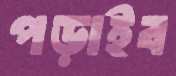
পড়াইব